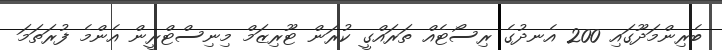
ބެރިންމަދޫގައި 200 އެނދުގެ ރިސޯޓެއް ތަރައްގީ ކުރަން ޓޫރިޒަމް މިނިސްޓްރީން އެންމެ ފުރަތަމަ